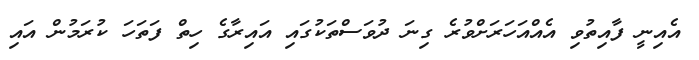
އެއިނީ ފާއިތުވި އެއްއަހަރަށްވުރެ ގިނަ ދުވަސްތަކުގައި އައިރާގެ ހިތް ފަތަހަ ކުރަމުން އައި